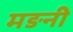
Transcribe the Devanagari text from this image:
मङनी